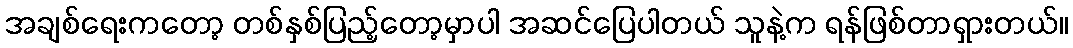
အချစ်ရေးကတော့ တစ်နှစ်ပြည့်တော့မှာပါ အဆင်ပြေပါတယ် သူနဲ့က ရန်ဖြစ်တာရှားတယ်။